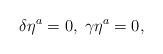
LaTeX: \begin{align*}\delta \eta ^{a}=0,\;\gamma \eta ^{a}=0, \end{align*}